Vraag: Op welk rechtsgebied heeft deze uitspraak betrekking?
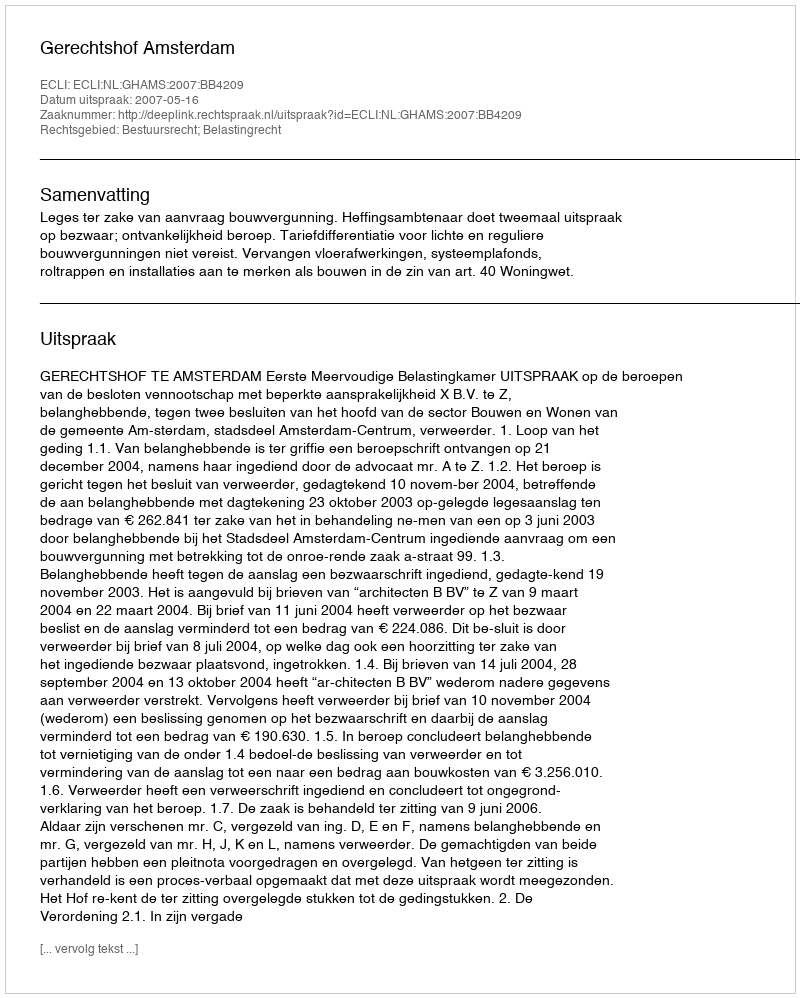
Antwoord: Bestuursrecht; Belastingrecht